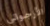
الأرجواني